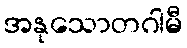
အနုသောတဂါမီ